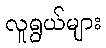
လူရွယ်များ